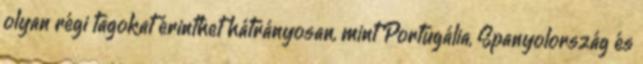
olyan régi tagokat érinthet hátrányosan, mint Portugália, Spanyolország és